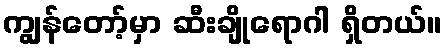
ကျွန်တော့်မှာ ဆီးချိုရောဂါ ရှိတယ်။